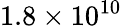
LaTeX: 1.8\times 10^{10}